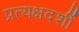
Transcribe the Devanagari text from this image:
प्रत्यक्षदर्शीं